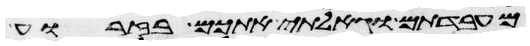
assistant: מעבדתם וגאלתי אתכם בזרוע